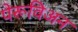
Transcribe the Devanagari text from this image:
पेरूविअन